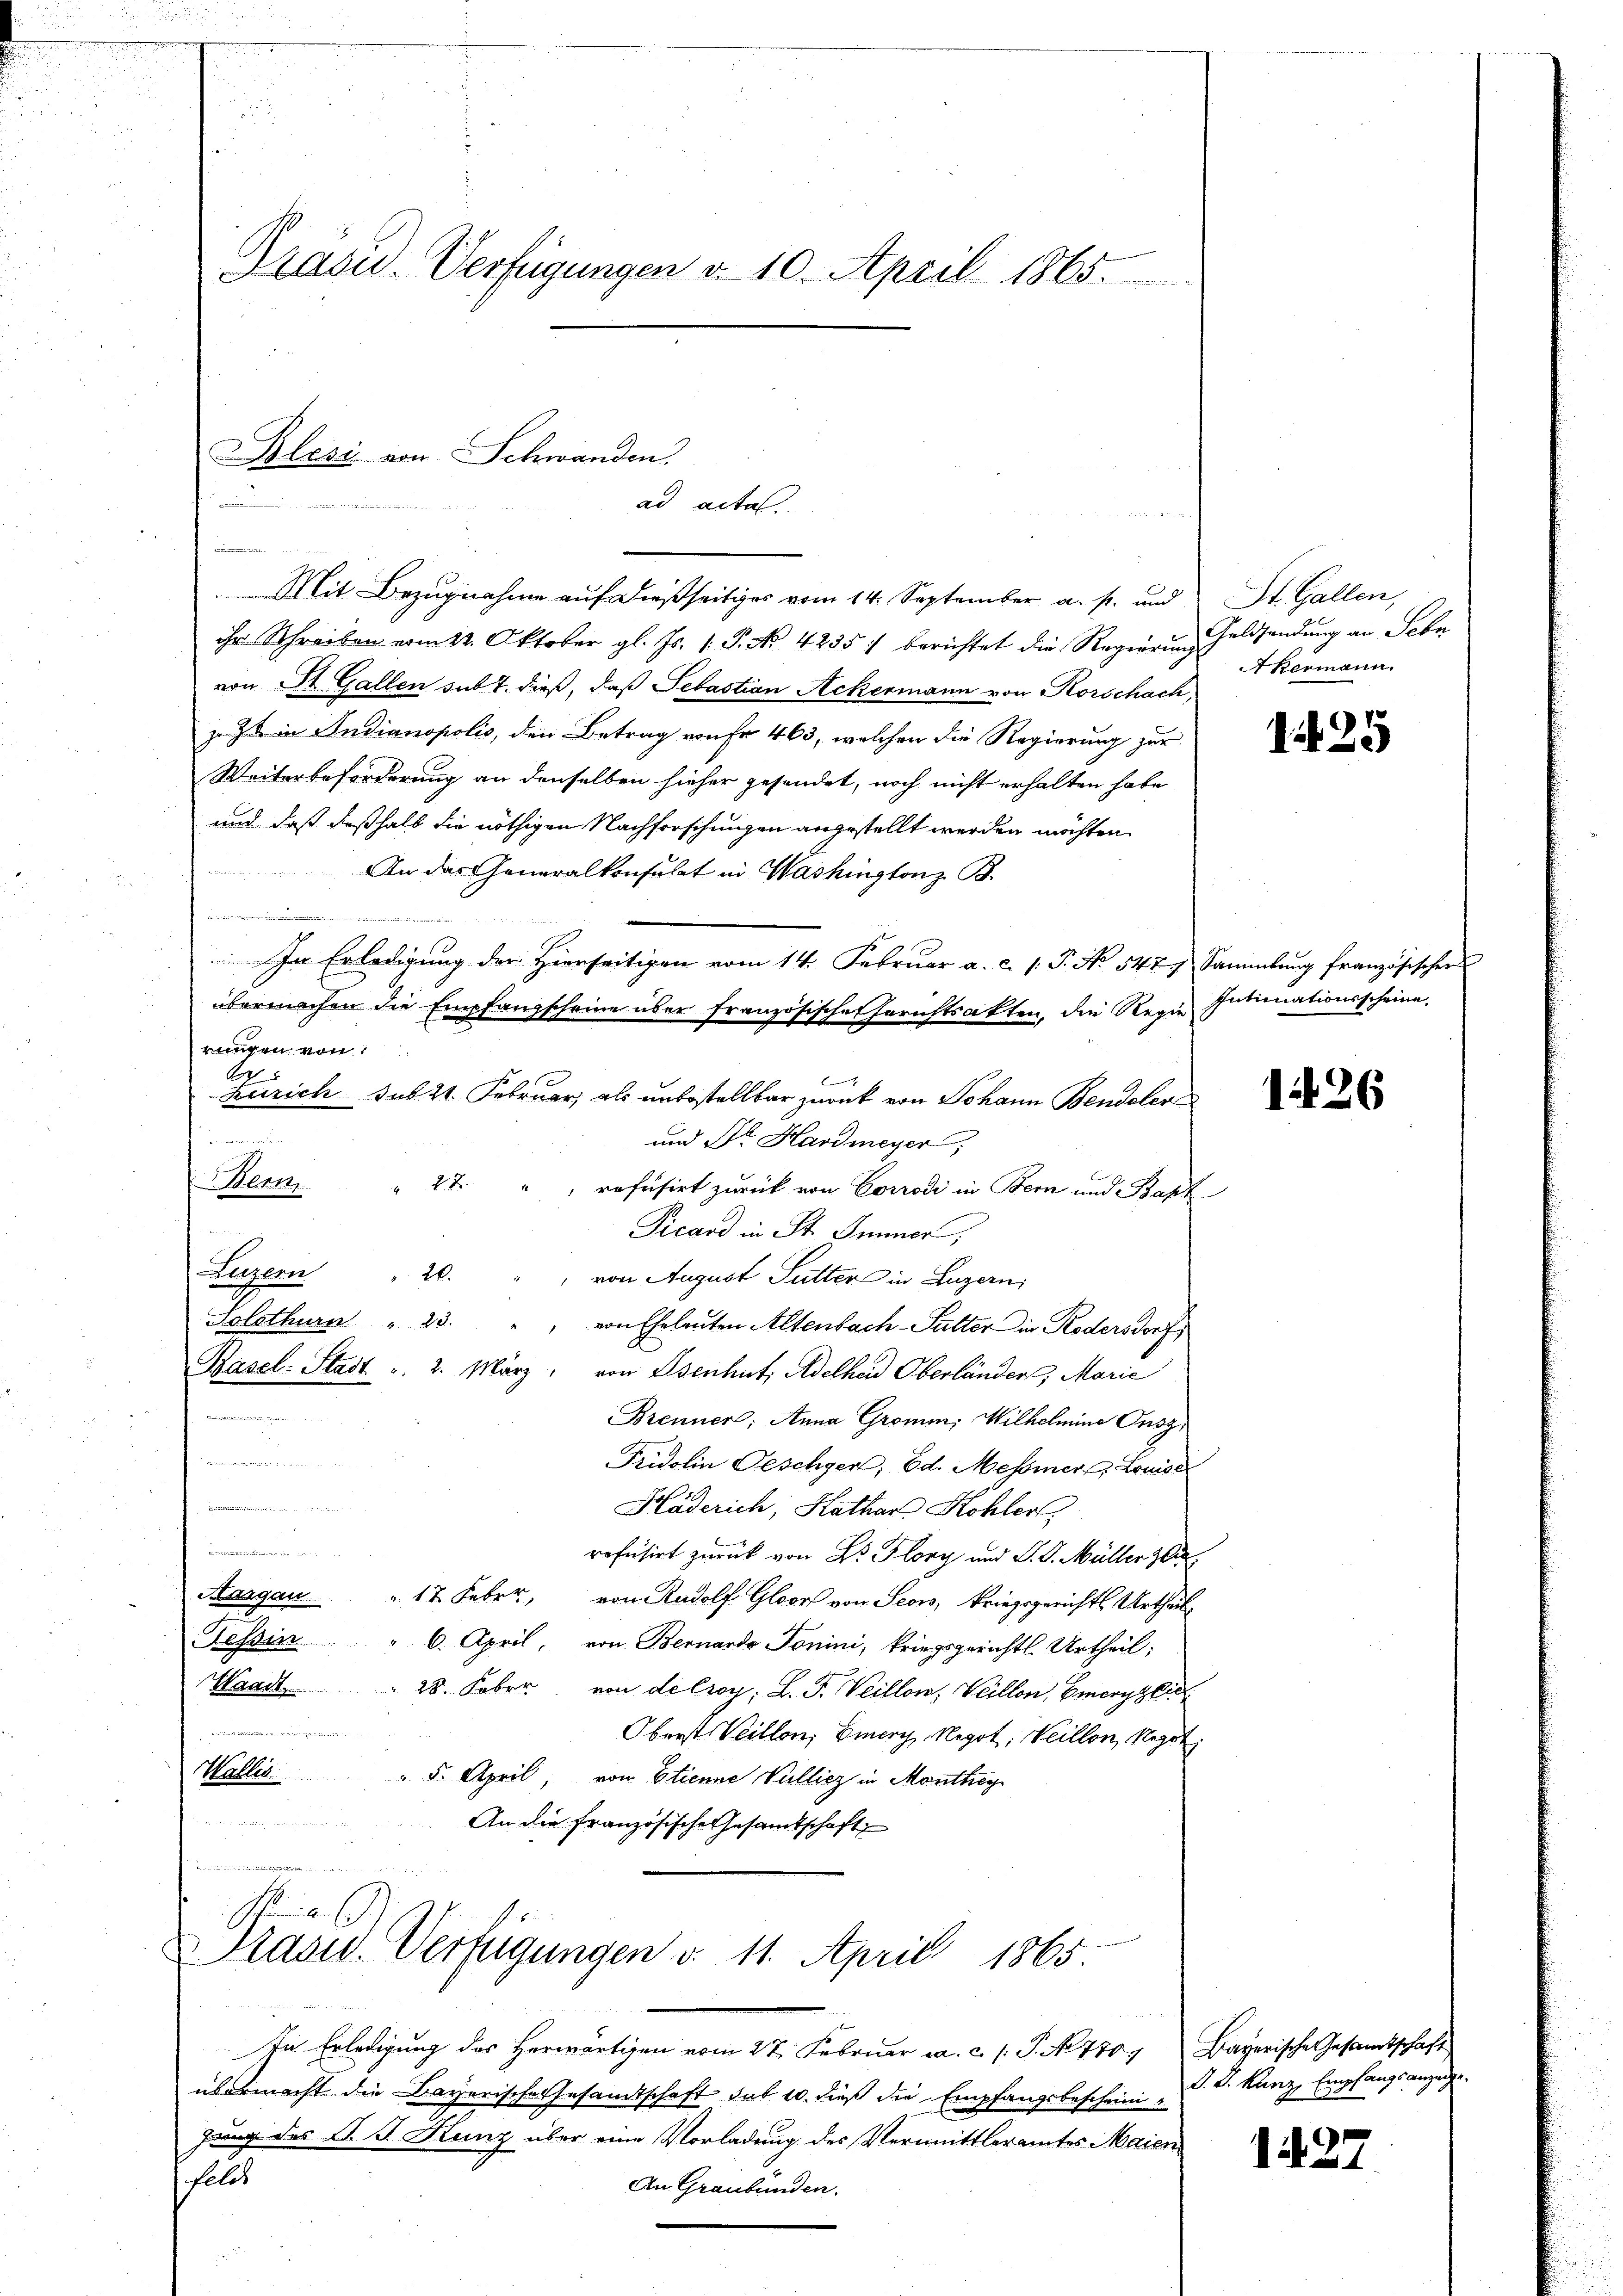
Mit Bezugnahme auf dießseitiges vom 14. September a. p. und St. Gallen,
ihr Schreiben vom 22. Oktober gl. Js. 1. P. Nr. 4235 :/ berichtet die Regierŭng Geldsendŭng an Sebe
von St. Gallen sub 7. dieß, daß Sebastian Ackermann von Korschach,
z Z. in Indianopolis, den Betrag von Fr. 463, welchen die Regierung zur
Weiterbeförderung an denselben hieher gesendet, noch nicht erhalten habe
und daß deßhalb die nöthigen Nachforschungen angestellt werden möchten,
und der
An das Generalkonsulat in Washingtonz B.
.
In Erledigung der Herrseitigen vom 14. Februar a. c. s. S. No. 547. Sammlung französischer
übermachen die Empfangscheine über französische Gerichtsakten, die Regie Intimationsscheine
rungen von
A
bi eine
und Dr. Hardmeyer
Henn
" 27. " " refusirt zurück von Corrodi in Bern und Bapt

Picard in St. Immer,
Luzern " 20.
von August Futter in Luzern,
Solothurn " 23. " " von Eheleuten Altenbach-Putter in Rodersdorf
Pasel-Stadt u. 2. März, von Osenhut, Adelheid Oberländer, Marie
Brenner; Anna Gromm, Wilhelmine Ousz,
ber den wie er zu
Fridolin Geschgen; Ed. Messner, Louise
E
Häderich, Kathan Kohler,

refüsirt zurück von Dr. Flory und P. G. Müller zu
Aargau " 12. Febr., von Radolf Gloor von Seon, Kriegsgerichts Urtheil
Tessin
6. April, von Bernardo Tonini, kriegsgerichtl. Urtheil;
Waadt
28. Feber von delroy; L. F. Weillon, Veillon, Emerzlich
r
Oberst. Veillon, Eier Negot. Weillon, Negot.
Wallis
" 5. April, von Etienne Vulliez in Monthey
An die französische Gesamtschaft

Präsid. Verfügungen v. 11. April 1865.

Blesis von Schwanden.
ad acta.
.

Präsid. Verfügungen d. 10. April 1865.

Zürich sub 21. Februar, als unbestellbar zurück von Johann Bendeler

In Erledigung des herwärtigen vom 27. Febrŭar a. c. /: P. No 7707 Bayerische Gesandtschaft
übermacht die Bayerische Gesandtschaft sub 10. dieß die Empfangsbescheinigung des J. J. Kunz über eine Vorladung des Vermittleramtes Maien
felds
An Graubünden.

Akermann.

1425

126

d. d. Kunz, Empfangs anzuge¬

1427